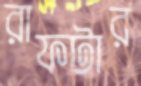
রাফটার